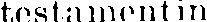
testamentin